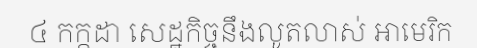
៤ កក្កដា សេដ្ឋកិច្ចនឹងលូតលាស់ អាមេរិក